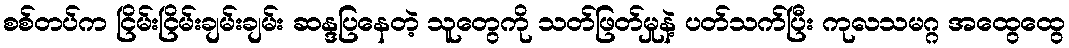
စစ်တပ်က ငြိမ်းငြိမ်းချမ်းချမ်း ဆန္ဒပြနေတဲ့ သူတွေကို သတ်ဖြတ်မှုနဲ့ ပတ်သက်ပြီး ကုလသမဂ္ဂ အထွေထွေ